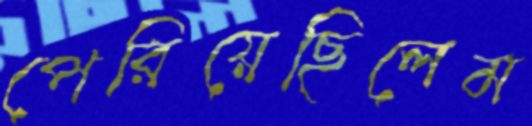
পেরিয়েছিলেম